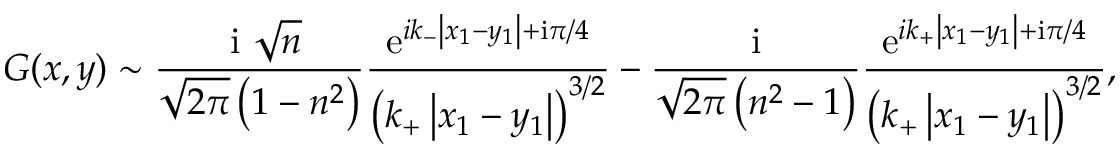
G ( x , y ) \sim \frac { \textrm { i } \sqrt { n } } { \sqrt { 2 \pi } \left( 1 - n ^ { 2 } \right) } \frac { \mathrm { e } ^ { i k _ { - } \left| x _ { 1 } - y _ { 1 } \right| + \mathrm { i } \pi / 4 } } { \left( k _ { + } \left| x _ { 1 } - y _ { 1 } \right| \right) ^ { 3 / 2 } } - \frac { \textrm { i } } { \sqrt { 2 \pi } \left( n ^ { 2 } - 1 \right) } \frac { \mathrm { e } ^ { i k _ { + } \left| x _ { 1 } - y _ { 1 } \right| + \mathrm { i } \pi / 4 } } { \left( k _ { + } \left| x _ { 1 } - y _ { 1 } \right| \right) ^ { 3 / 2 } } ,